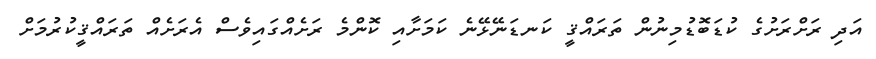
އަދި ރަށްރަށުގެ ކުޑަބޮޑުމިނުން ތަރައްޤީ ކަނޑަނޭޅޭނެ ކަމަށާއި ކޮންމެ ރަށެއްގައިވެސް އެރަށެއް ތަރައްޤީކުރުމަށް